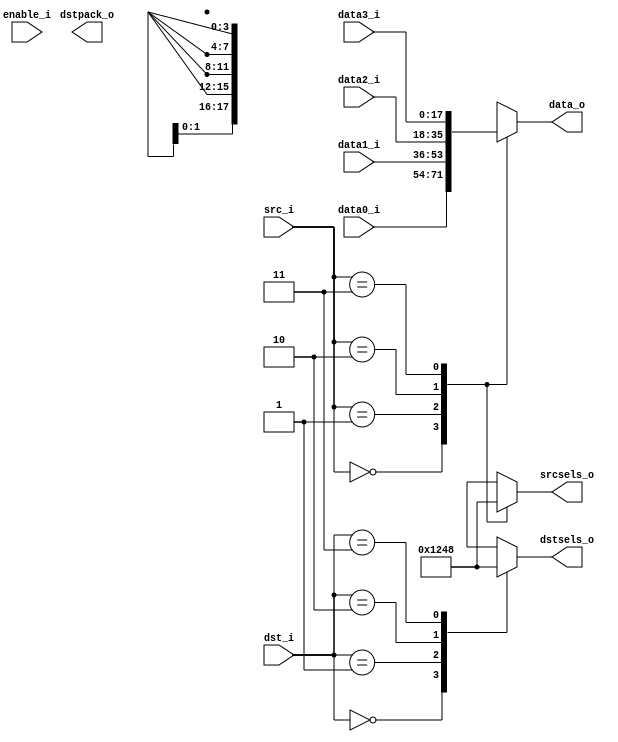
/***************************************************************************
 *                                                                         *
 *   tta_stream4to4_async.v - An asynchronous TTA inputs to outputs MUX,   *
 *     and source and destination selects unit.                            *
 *                                                                         *
 *   Copyright (C) 2008 by Patrick Suggate                                 *
 *   patrick@physics.otago.ac.nz                                           *
 *                                                                         *
 *   This program is free software; you can redistribute it and/or modify  *
 *   it under the terms of the GNU General Public License as published by  *
 *   the Free Software Foundation; either version 2 of the License, or     *
 *   (at your option) any later version.                                   *
 *                                                                         *
 *   This program is distributed in the hope that it will be useful,       *
 *   but WITHOUT ANY WARRANTY; without even the implied warranty of        *
 *   MERCHANTABILITY or FITNESS FOR A PARTICULAR PURPOSE.  See the         *
 *   GNU General Public License for more details.                          *
 *                                                                         *
 *   You should have received a copy of the GNU General Public License     *
 *   along with this program; if not, write to the                         *
 *   Free Software Foundation, Inc.,                                       *
 *   59 Temple Place - Suite 330, Boston, MA  02111-1307, USA.             *
 ***************************************************************************/

`timescale 1ns/100ps
module tta_stream4to4_async #(
	parameter	WIDTH	= 18,
	parameter	MSB	= WIDTH - 1
) (
	input		enable_i,
	
	input	[1:0]	src_i,
	input	[1:0]	dst_i,
	
	input	[MSB:0]	data0_i,
	input	[MSB:0]	data1_i,
	input	[MSB:0]	data2_i,
	input	[MSB:0]	data3_i,
	
	output	reg [3:0]	srcsels_o,
	output	reg [3:0]	dstsels_o,
	output	reg [1:0]	dstpack_o,
	output	reg [MSB:0]	data_o
);


always @* begin
	case (src_i)
	0:	srcsels_o	<= #1 1;
	1:	srcsels_o	<= #1 2;
	2:	srcsels_o	<= #1 4;
	3:	srcsels_o	<= #1 8;
	endcase
	
	case (src_i)
	0:	data_o		<= #1 data0_i;
	1:	data_o		<= #1 data1_i;	
	2:	data_o		<= #1 data2_i;
	3:	data_o		<= #1 data3_i;
	endcase
	
	case (dst_i)
	0:	dstsels_o	<= #1 1;
	1:	dstsels_o	<= #1 2;
	2:	dstsels_o	<= #1 4;
	3:	dstsels_o	<= #1 8;
	endcase
end


endmodule	// tta_stream4to4_async


module tta_stream4to4_sync #(
	parameter	WIDTH	= 18,
	parameter	MSB	= WIDTH - 1,
	parameter	ENCLR	= 1
) (
	input		clock_i,
	input		enable_i,
	
	input	[1:0]	src_i,
	input	[1:0]	dst_i,
	
	input	[MSB:0]	data0_i,
	input	[MSB:0]	data1_i,
	input	[MSB:0]	data2_i,
	input	[MSB:0]	data3_i,
	
	output	reg [3:0]	srcsels_o,
	output	reg [3:0]	dstsels_o,
	output	reg [1:0]	dstpack_o,
	output	reg [MSB:0]	data_o
);


always @(posedge clock_i)
	if (enable_i) begin
		case (src_i)
		0:	srcsels_o	<= #1 1;
		1:	srcsels_o	<= #1 2;
		2:	srcsels_o	<= #1 4;
		3:	srcsels_o	<= #1 8;
		endcase
		
		case (src_i)
		0:	data_o		<= #1 data0_i;
		1:	data_o		<= #1 data1_i;	
		2:	data_o		<= #1 data2_i;
		3:	data_o		<= #1 data3_i;
		endcase
		
		case (dst_i)
		0:	dstsels_o	<= #1 1;
		1:	dstsels_o	<= #1 2;
		2:	dstsels_o	<= #1 4;
		3:	dstsels_o	<= #1 8;
		endcase
		
		dstpack_o	<= #2 dst_i;
	end else begin
		srcsels_o	<= #2 ENCLR ? 0 : srcsels_o;
		dstsels_o	<= #2 ENCLR ? 0 : dstsels_o;
		dstpack_o	<= #2 ENCLR ? 0 : dstpack_o;
	end


endmodule	// tta_stream4to4_sync